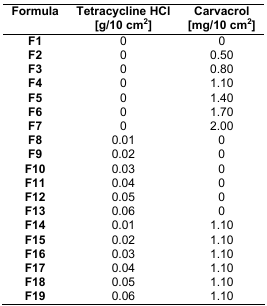
<table><thead><tr><td><b>Formula</b></td><td><b>Tetracycline HCl [g/10 cm<sup>2</sup>]</b></td><td><b>Carvacrol [mg/10 cm<sup>2</sup>]</b></td></tr></thead><tbody><tr><td><b>F1</b></td><td>0</td><td>0</td></tr><tr><td><b>F2</b></td><td>0</td><td>0.50</td></tr><tr><td><b>F3</b></td><td>0</td><td>0.80</td></tr><tr><td><b>F4</b></td><td>0</td><td>1.10</td></tr><tr><td><b>F5</b></td><td>0</td><td>1.40</td></tr><tr><td><b>F6</b></td><td>0</td><td>1.70</td></tr><tr><td><b>F7</b></td><td>0</td><td>2.00</td></tr><tr><td><b>F8</b></td><td>0.01</td><td>0</td></tr><tr><td><b>F9</b></td><td>0.02</td><td>0</td></tr><tr><td><b>F10</b></td><td>0.03</td><td>0</td></tr><tr><td><b>F11</b></td><td>0.04</td><td>0</td></tr><tr><td><b>F12</b></td><td>0.05</td><td>0</td></tr><tr><td><b>F13</b></td><td>0.06</td><td>0</td></tr><tr><td><b>F14</b></td><td>0.01</td><td>1.10</td></tr><tr><td><b>F15</b></td><td>0.02</td><td>1.10</td></tr><tr><td><b>F16</b></td><td>0.03</td><td>1.10</td></tr><tr><td><b>F17</b></td><td>0.04</td><td>1.10</td></tr><tr><td><b>F18</b></td><td>0.05</td><td>1.10</td></tr><tr><td><b>F19</b></td><td>0.06</td><td>1.10</td></tr></tbody></table>